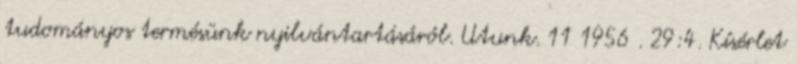
tudományos termésünk nyilvántartásáról. Utunk. 11 1956 . 29:4. Kísérlet